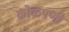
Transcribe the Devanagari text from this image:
कोळपणी